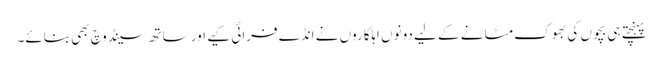
پہنچتے ہی بچوں کی بھوک مٹانے کے لیے دونوں اہلکاروں نے انڈے فرائی کیے اور ساتھ سینڈوچ بھی بنائے۔